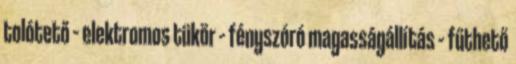
tolótető – elektromos tükör – fényszóró magasságállítás – fűthető